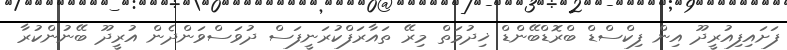
ފަށައިފިއުރީދޫ އިން ފިކްސްޑް ބްރޮޑްބޭންޑް ޚިދުމަތް މިރޭ ތައާރަފްކުރަނީފަސް ދުވަސްވަންދެން އުރީދޫ ބޭނުންކުރާ